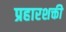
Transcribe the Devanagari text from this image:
प्रहारशक्ती